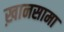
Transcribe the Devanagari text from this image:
ख़ानसामा